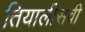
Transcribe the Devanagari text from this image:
तियालीसवी